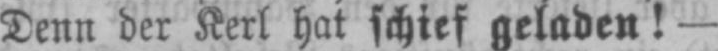
Denn der Kerl hat schief geladen! -